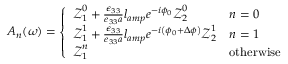
A _ { n } ( \omega ) = \left\{ \begin{array} { l l } { \boldsymbol { \mathcal { Z } } _ { 1 } ^ { 0 } + \frac { \epsilon _ { 3 3 } } { e _ { 3 3 } a } l _ { a m p } e ^ { - i \phi _ { 0 } } \boldsymbol { \mathcal { Z } } _ { 2 } ^ { 0 } } & { n = 0 } \\ { \boldsymbol { \mathcal { Z } } _ { 1 } ^ { 1 } + \frac { \epsilon _ { 3 3 } } { e _ { 3 3 } a } l _ { a m p } e ^ { - i \left( \phi _ { 0 } + \Delta \phi \right) } \boldsymbol { \mathcal { Z } } _ { 2 } ^ { 1 } } & { n = 1 } \\ { \boldsymbol { \mathcal { Z } } _ { 1 } ^ { n } } & { \mathrm { o t h e r w i s e } } \end{array} \right.